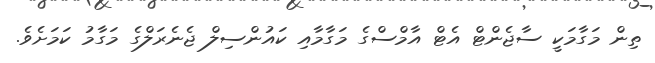
ތިން މަގާމަކީ ސާޖެންޓް އެޓް އާމްސްގެ މަގާމާއި ކައުންސިލް ޖެނެރަލްގެ މަގާމު ކަމަށެވެ.